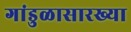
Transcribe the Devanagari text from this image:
गांडुळासारख्या